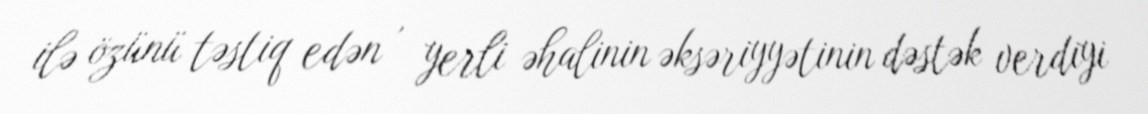
ilə özünü təstiq edən , yerli əhalinin əksəriyyətinin dəstək verdiyi